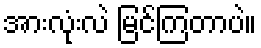
အားလုံးလဲ မြင်ကြတာပဲ။